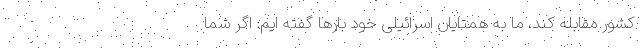
کشور مقابله کند، ما به همتایان اسرائیلی خود بارها گفته ایم: اگر شما